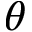
\theta